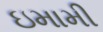
ઇમામી